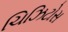
ચિઝિટોસ